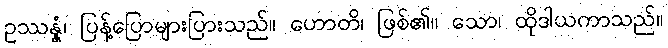
ဥဿန္နံ၊ ပြန့်ပြောများပြားသည်။ ဟောတိ၊ ဖြစ်၏။ သော၊ ထိုဒါယကာသည်။